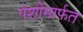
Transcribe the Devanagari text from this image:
पेशींमार्फत